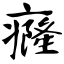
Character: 癃